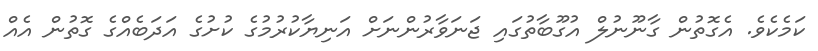
ކަމެކެވެ. އެގޮތުން ގާނޫނުލް އުގޫބާތުގައި ޖަނަވާރުންނަށް އަނިޔާކުރުމުގެ ކުށުގެ އަދަބެއްގެ ގޮތުން އެއް